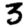
Digit: 3